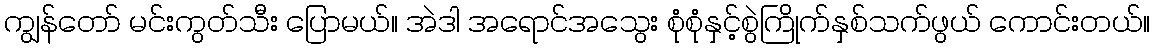
ကျွန်တော် မင်းကွတ်သီး ပြောမယ်။ အဲဒါ အရောင်အသွေး စုံစုံနှင့်စွဲကြိုက်နှစ်သက်ဖွယ် ကောင်းတယ်။